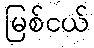
မြစ်ငယ်